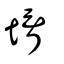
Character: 𦕓